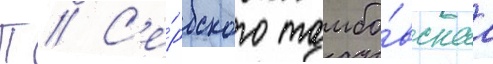
П // С'е́рбского тамбо́вскаа